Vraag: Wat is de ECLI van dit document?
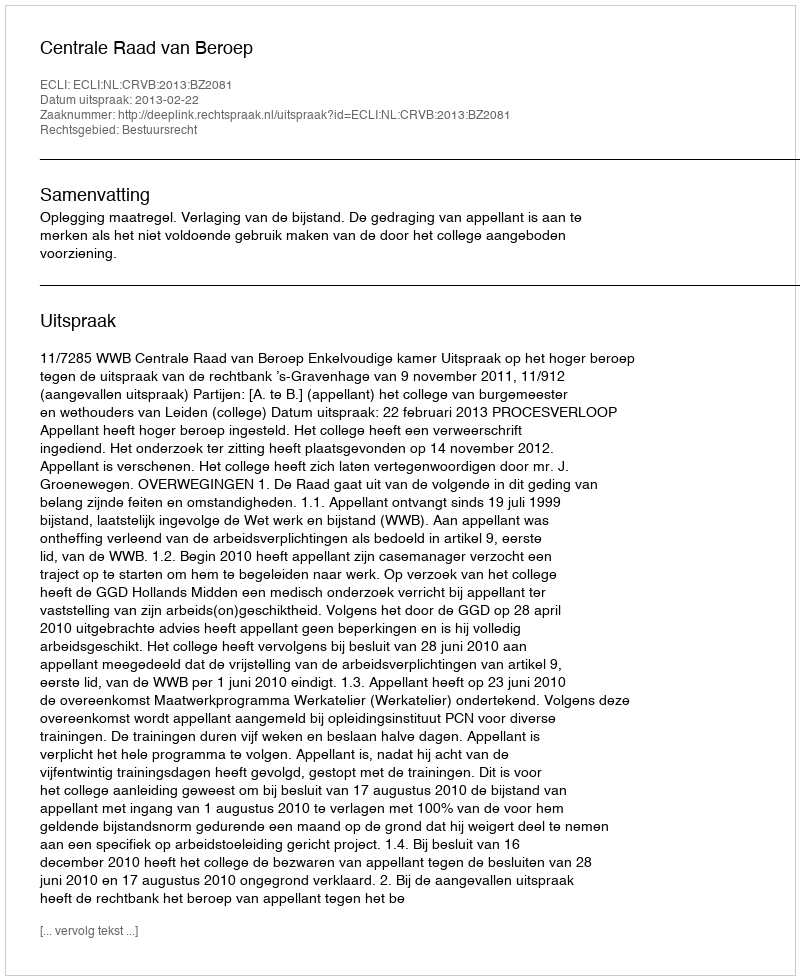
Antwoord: ECLI:NL:CRVB:2013:BZ2081